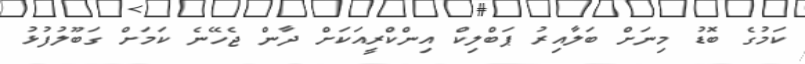
ކަމުގެ ބޮޑު މިނަށް ބަލާއިރު ޕަބްލިކް އިންކްރީއަކަށް ދާން ޖެހޭނެ ކަމަށް ގަބޫލުފުޅު